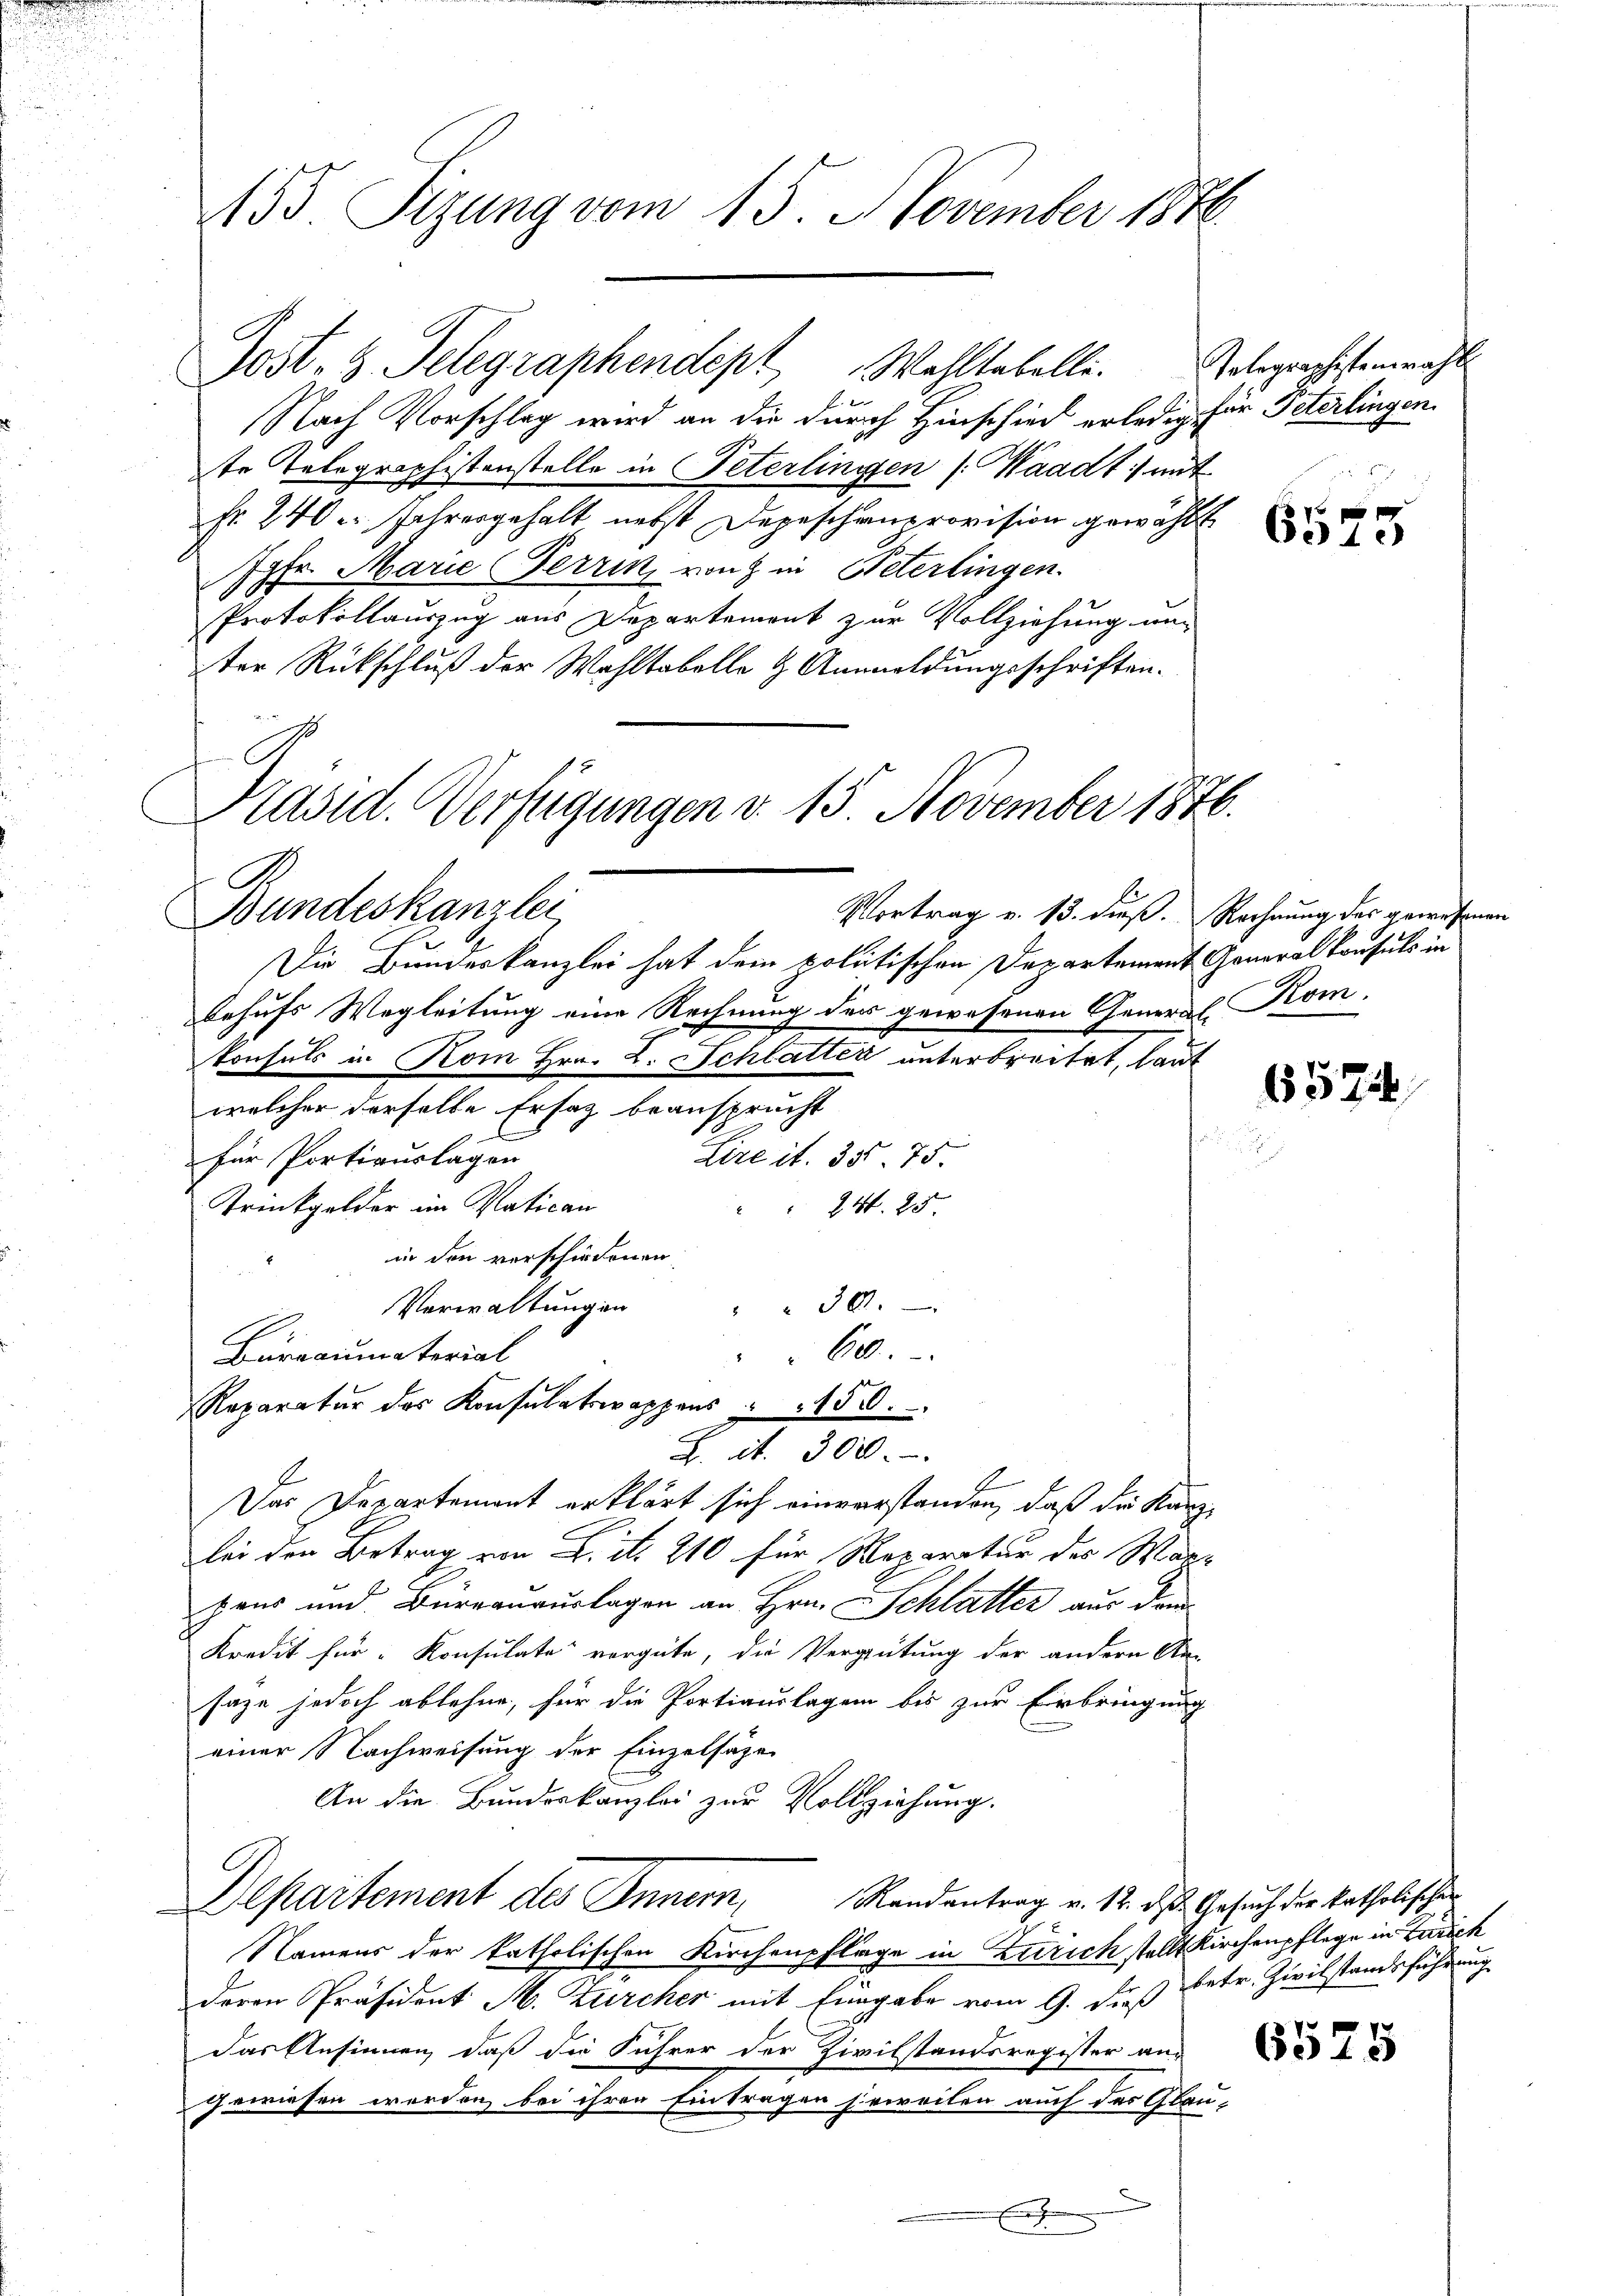
155. Sizung vom 15. November 1846.

Nach Vorschlag wird an die durch Hinschied erlediger Peterlingen
te Telegraphistenstelle in Peterlinigen (Waadt: mit
fr. 240. Jahresgehalt nebst Depeschenprovision gewählt
Jgfr. Marie Terrin, von in Peterlingen.
Protokollauszug aus Departement zur Vollziehung un
ter Rückschluß der Wahltabelle & Anmeldungsschriften.
Die Bundeskanzlei hat dem politischen Departement Generalkonsuls in
behufs Wegleitung eine Rechnung der gewesenen General-Komonsuls in Kom Hrn. L. Schlatter unterbreitet, laut
welcher derselbe Ersatz beansprucht

für Portiauslagen
Lire it. 35. 75.
Trinkgelder im Ratican
24. 25.
in den verschiedenen
Verwaltŭngen " " 30.
60.
Barraumaterial
Reparatur des Konsulatswappens " " 150.
Z. d. 300.
E
Das Departement erklärt sich einverstanden, daß die Kanzbei den Betrag von L. N. 210 für Reparatur des War-
peus und Bureausurlagen an Hrn. Schlatter aus dem
Kredit für Konsulate vergüte, die Vergütung der andern An-
saze jedoch ablehne, für die Portiauslagen bis zur Erbringung
einer Nachweisung der Einzelsage
An die Bundeskanzlei zur Vollziehung.
Randantrag v. 12. d. Gesuch der katholischer
Departement des Innern,
Namens der katholischen Kirchenpflage in Zürich stellt Kirchenpflege in Zürich
deren Präsident M. Zürcher mit Eingabe vom 9. dieß betr. Zivilstandsführung
das Ansinnen, daß die Führer der Zivilstandsregister an-
gewiesen werden bei ihren Eintragen sieweilen auch der Gläu-
.
E

Präsid. Verfügungen d. 15. November 1876.
Bundeskanzlei

Post. 3. Telegraphendept Wohltabelli.

Telegraphistenwahl

6575

Vortrag v. 13. dieß. Rechnung des gewesene

6574

6575